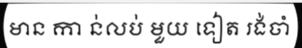
មាន កា ន់លប់ មួយ ទៀត រង់ចាំ